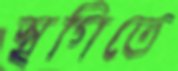
স্থগিতে